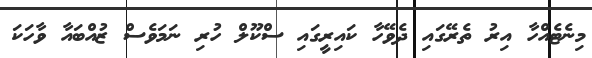
މިނެޓެއްހާ އިރު ތެރޭގައި ދެވޭހާ ކައިރީގައި ސްކޫލް ހުރި ނަމަވެސް ޒުއްބައާ ވާހަކަ